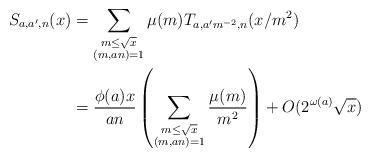
LaTeX: \begin{align*}S_{a,a^\prime,n}(x)&=\sum_{\substack{m\leq\sqrt{x}\\(m,an)=1}}\mu(m)T_{a,a^\prime m^{-2},n}(x/m^2)\\&=\frac{\phi(a)x}{an}\left(\sum_{\substack{m\leq\sqrt{x}\\(m,an)=1}}\frac{\mu(m)}{m^2}\right)+O(2^{\omega(a)}\sqrt{x})\end{align*}